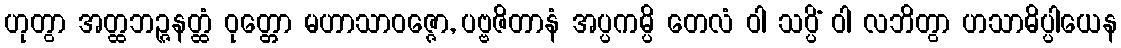
ဟုတွာ အတ္ထဘဉ္ဇနတ္ထံ ဝုတ္တော မဟာသာဝဇ္ဇော, ပဗ္ဗဇိတာနံ အပ္ပကမ္ပိ တေလံ ဝါ သပ္ပိံ ဝါ လဘိတွာ ဟသာဓိပ္ပါယေန